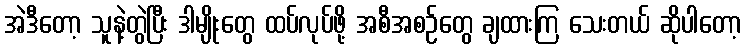
အဲဒီတော့ သူနဲ့တွဲပြီး ဒါမျိုးတွေ ထပ်လုပ်ဖို့ အစီအစဉ်တွေ ချထားကြ သေးတယ် ဆိုပါတော့